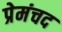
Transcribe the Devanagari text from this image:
प्रेमंचद